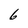
Character: 6